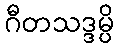
ဂီတသဒ္ဒမ္ပိ